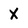
Character: X